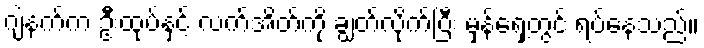
ဂျဲနက်က ဦးထုပ်နှင့် လက်အိတ်ကို ချွတ်လိုက်ပြီး မှန်ရှေ့တွင် ရပ်နေသည်။